Lunatic asylums Central Provinces reports 1895-1909 - 1895-1909
Year: 1895
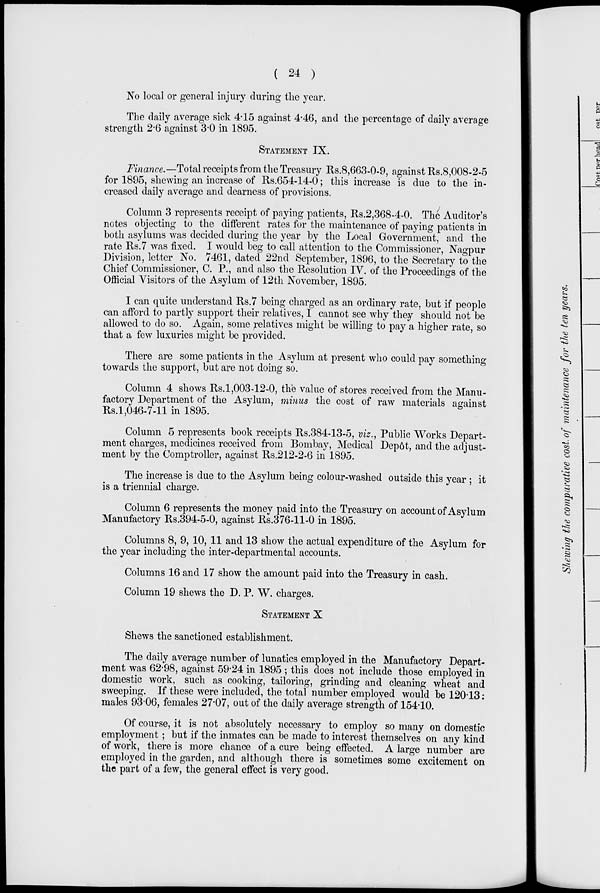
( 24 )
No local or general injury during the year.
The daily average sick 4.15 against 4.46, and the percentage of daily average
strength 2.6 against 3.0 in 1895.
STATEMENT IX.
Finance.—Total receipts from the Treasury Rs.8,663-0-9, against Rs.8,008-2-5
for 1895, shewing an increase of Rs.654-14-0; this increase is due to the in-
creased daily average and dearness of provisions.
Column 3 represents receipt of paying patients, Rs.2,368-4-0. The Auditor's
notes objecting to the different rates for the maintenance of paying patients in
both asylums was decided during the year by the Local Government, and the
rate Rs.7 was fixed. I would beg to call attention to the Commissioner, Nagpur
Division, letter No. 7461, dated 22nd September, 1896, to the Secretary to the
Chief Commissioner, C. P., and also the Resolution IV. of the Proceedings of the
Official Visitors of the Asylum of 12th November, 1895.
I can quite understand Rs.7 being charged as an ordinary rate, but if people
can afford to partly support their relatives, I cannot see why they should not be
allowed to do so. Again, some relatives might be willing to pay a higher rate, so
that a few luxuries might be provided.
There are some patients in the Asylum at present who could pay something
towards the support, but are not doing so.
Column 4 shows Rs.1,003-12-0, the value of stores received from the Manu-
factory Department of the Asylum, minus the cost of raw materials against
Rs.1,046-7-11 in 1895.
Column 5 represents book receipts Rs.384-13-5, viz., Public Works Depart-
ment charges, medicines received from Bombay, Medical Depôt, and the adjust-
ment by the Comptroller, against Rs.212-2-6 in 1895.
The increase is due to the Asylum being colour-washed outside this year ; it
is a triennial charge.
Column 6 represents the money paid into the Treasury on account of Asylum
Manufactory Rs.394-5-0, against Rs.376-11-0 in 1895.
Columns 8, 9, 10, 11 and 13 show the actual expenditure of the Asylum for
the year including the inter-departmental accounts.
Columns 16 and 17 show the amount paid into the Treasury in cash.
Column 19 shews the D. P. W. charges.
STATEMENT X
Shews the sanctioned establishment.
The daily average number of lunatics employed in the Manufactory Depart-
ment was 62.98, against 59.24 in 1895 ; this does not include those employed in
domestic work, such as cooking, tailoring, grinding and cleaning wheat and
sweeping. If these were included, the total number employed would be 120.13 :
males 93.06, females 27.07, out of the daily average strength of 154.10.
Of course, it is not absolutely necessary to employ so many on domestic
employment ; but if the inmates can be made to interest themselves on any kind
of work, there is more chance of a cure being effected. A large number are
employed in the garden, and although there is sometimes some excitement on
the part of a few, the general effect is very good.